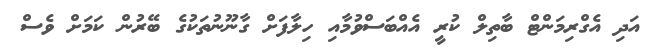
އަދި އެގްރިމަންޓް ބާތިލް ކުރީ އެއްބަސްވުމާއި ހިލާފަށް ގާނޫނުތަކުގެ ބޭރުން ކަމަށް ވެސް